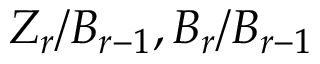
Z _ { r } / B _ { r - 1 } , B _ { r } / B _ { r - 1 }